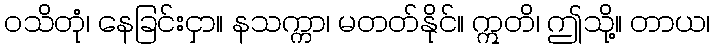
ဝသိတုံ၊ နေခြင်းငှာ။ နသက္ကာ၊ မတတ်နိုင်။ ဣတိ၊ ဤသို့။ တာယ၊